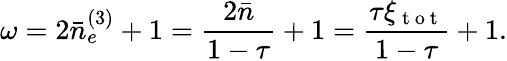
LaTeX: \omega=2\bar{n}_{e}^{(3)}+1=\frac{2\bar{n}}{1-\tau}+1=\frac{\tau\xi_{\mathrm{~t~o~t~}}}{1-\tau}+1.